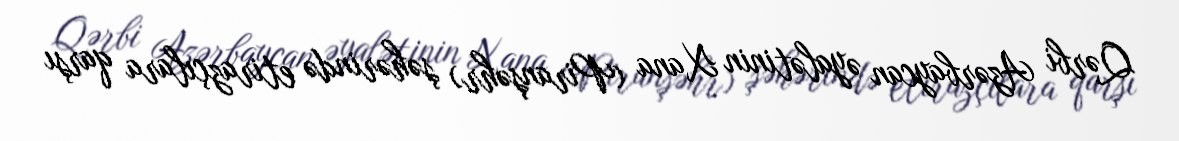
Qərbi Azərbaycan əyalətinin Xana (Piranşəhr) şəhərində etirazçılara qarşı